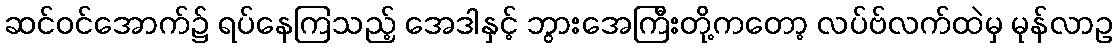
ဆင်ဝင်အောက်၌ ရပ်နေကြသည့် အေဒါနှင့် ဘွားအေကြီးတို့ကတော့ လပ်ဗ်လက်ထဲမှ မုန်လာဥ